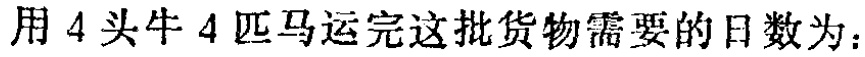
用\(4\)头牛\(4\)匹马运完这批货物需要的日数为：